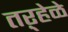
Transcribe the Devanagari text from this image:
तऱ्हेळे